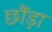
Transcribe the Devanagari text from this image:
छौंड़ा